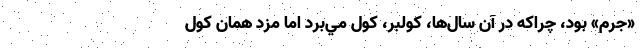
«جرم» بود، چراكه در آن سال‌ها، كولبر، كول مي‌برد اما مزد همان كول